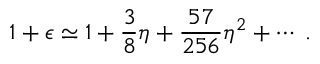
1 + \epsilon \simeq 1 + \frac { 3 } { 8 } \eta + \frac { 5 7 } { 2 5 6 } \eta ^ { 2 } + \cdots \; .